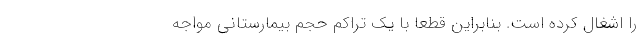
را اشغال کرده است. بنابراین قطعا با یک تراکم حجم بیمارستانی مواجه